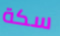
سكة